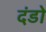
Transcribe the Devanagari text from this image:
दंडो